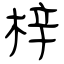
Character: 梓